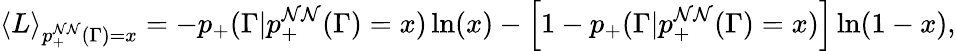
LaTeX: \left<L\right>_{p_{+}^{\mathcal{N}\mathcal{N}}(\Gamma)=x}=-p_{+}(\Gamma|p_{+}^{\mathcal{N}\mathcal{N}}(\Gamma)=x)\ln(x)-\left[1-p_{+}(\Gamma|p_{+}^{\mathcal{N}\mathcal{N}}(\Gamma)=x)\right]\ln(1-x),